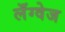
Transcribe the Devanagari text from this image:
लॅंग्वेज